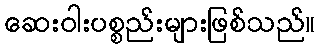
ဆေးဝါးပစ္စည်းများဖြစ်သည်။